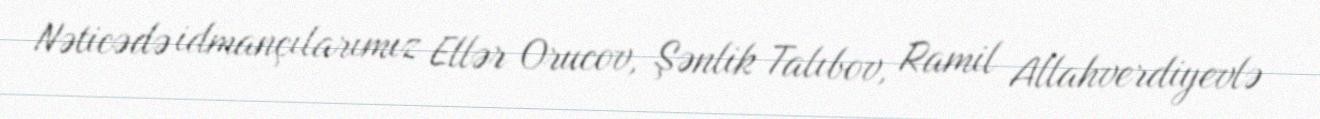
Nəticədə idmançılarımız Ellər Orucov, Şənlik Talıbov, Ramil Allahverdiyevlə